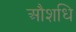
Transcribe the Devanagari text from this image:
औशधि